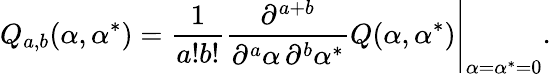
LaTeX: Q_{a,b}(\alpha,\alpha^{*})=\frac{1}{a!b!}\left.\frac{\partial^{a+b}}{\partial^{a}\alpha\, \partial^{b}\alpha^{*}}Q(\alpha,\alpha^{*})\right|_{\alpha=\alpha^{*}=0}.